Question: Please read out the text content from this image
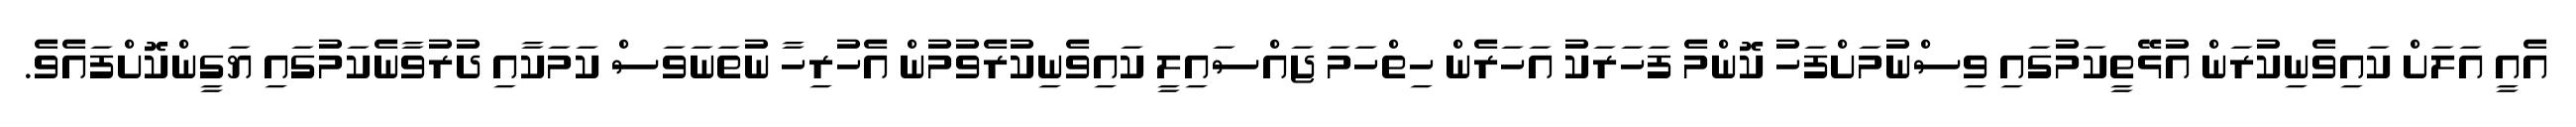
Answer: އެއީ އަލަށް ކައިވެނިކުރަން އުޅޭތީކަމުގައި ވިސްނުމަށްފަހު ކޮންމެ ފަހަރަކު އަހަރެން ހިތްހަމަ ޖައްސައިލީ ކައިވެނިކުރެވުމުން އެހުރިހާ ނުތަނަވަސް ކަމަކާއި ދުރުވާނެކަމުގައި ޔަގީންކޮށްފައެވެ.